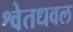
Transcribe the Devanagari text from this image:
श्वेतधवल